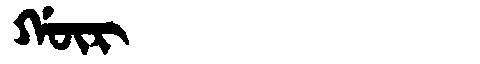
Manchu: ᡤᡡᡵ
Romanization: GŪR